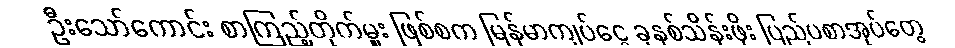
ဦးသော်ကောင်း စာကြည့်တိုက်မှူး ဖြစ်စက မြန်မာကျပ်ငွေ ခုနစ်သိန်းဖိုး ပြည်ပစာအုပ်တွေ